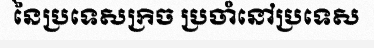
នៃប្រទេសក្រិច ប្រចាំនៅប្រទេស